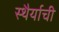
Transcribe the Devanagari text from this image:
स्थैर्याची